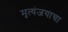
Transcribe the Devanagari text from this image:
मृत्यंजयाचा